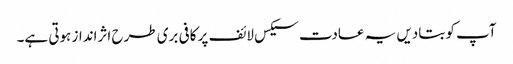
آپ کو بتادیں یہ عادت سیکس لائف پر کافی بری طرح اثرانداز ہوتی ہے۔